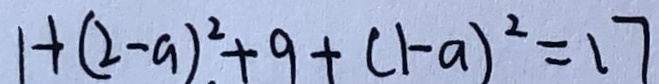
1 + ( 2 - a ) ^ { 2 } + 9 + ( 1 - a ) ^ { 2 } = 1 7